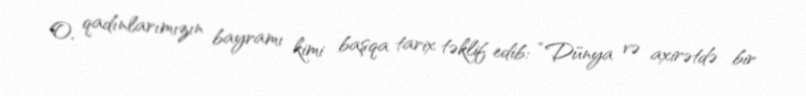
O, qadınlarımızın bayramı kimi başqa tarix təklif edib: “Dünya və axirətdə bir